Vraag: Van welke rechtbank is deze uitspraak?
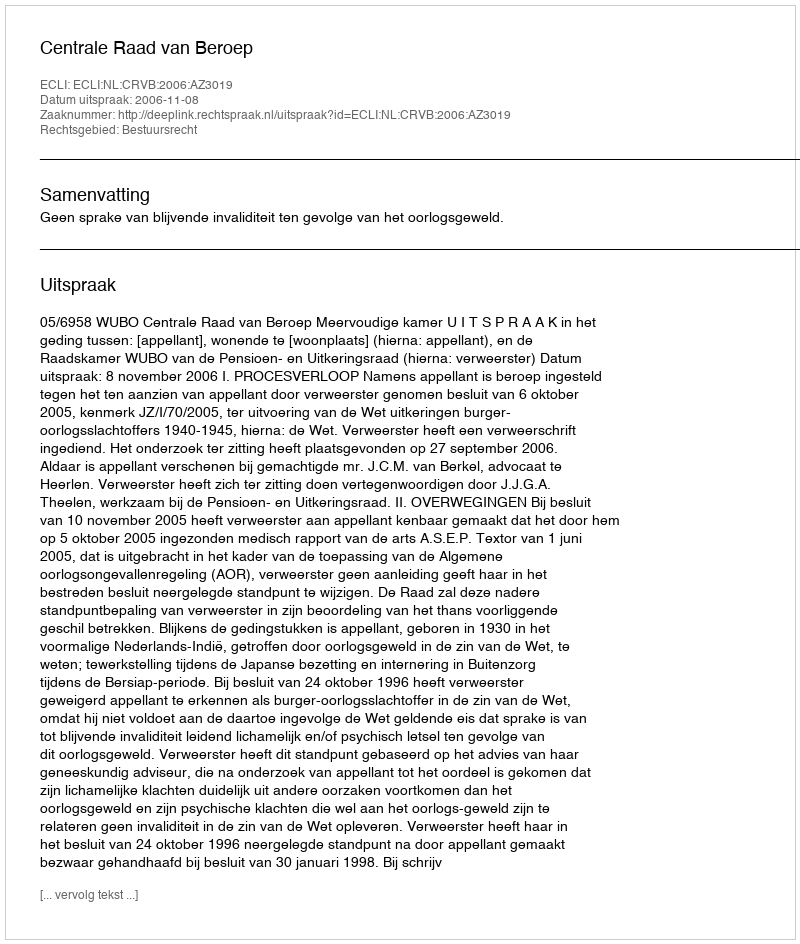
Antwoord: Centrale Raad van Beroep